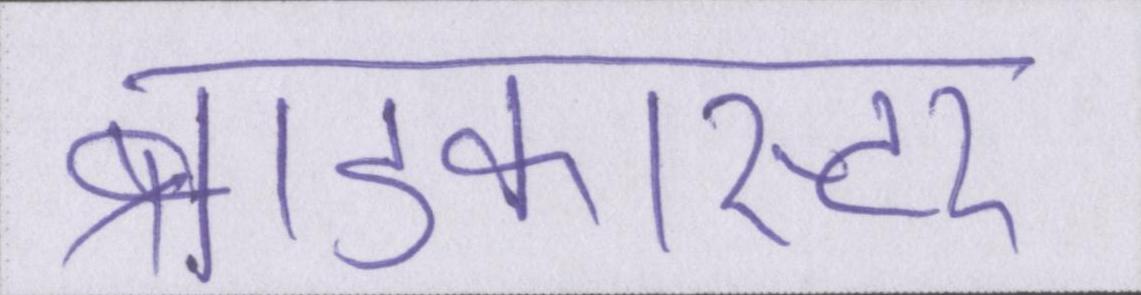
ब्राडकास्टर